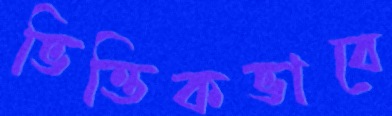
ভিত্তিকভাবে